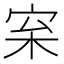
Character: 𪧌